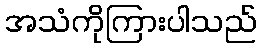
အသံကိုကြားပါသည်